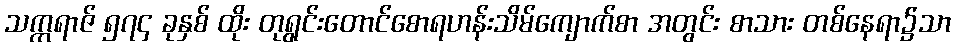
သက္ကရာဇ် ၅၇၄ ခုနှစ် ထိုး တုရွင်းတောင်စောရဟန်းသိမ်ကျောက်စာ အတွင်း စာသား တစ်နေရာ၌သာ